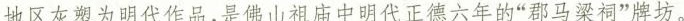
地区灰塑为明代作品，是佛山祖庙中明代正德六年的”职马渠祠”牌坊。